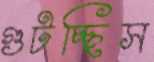
গুটচ্ছিস